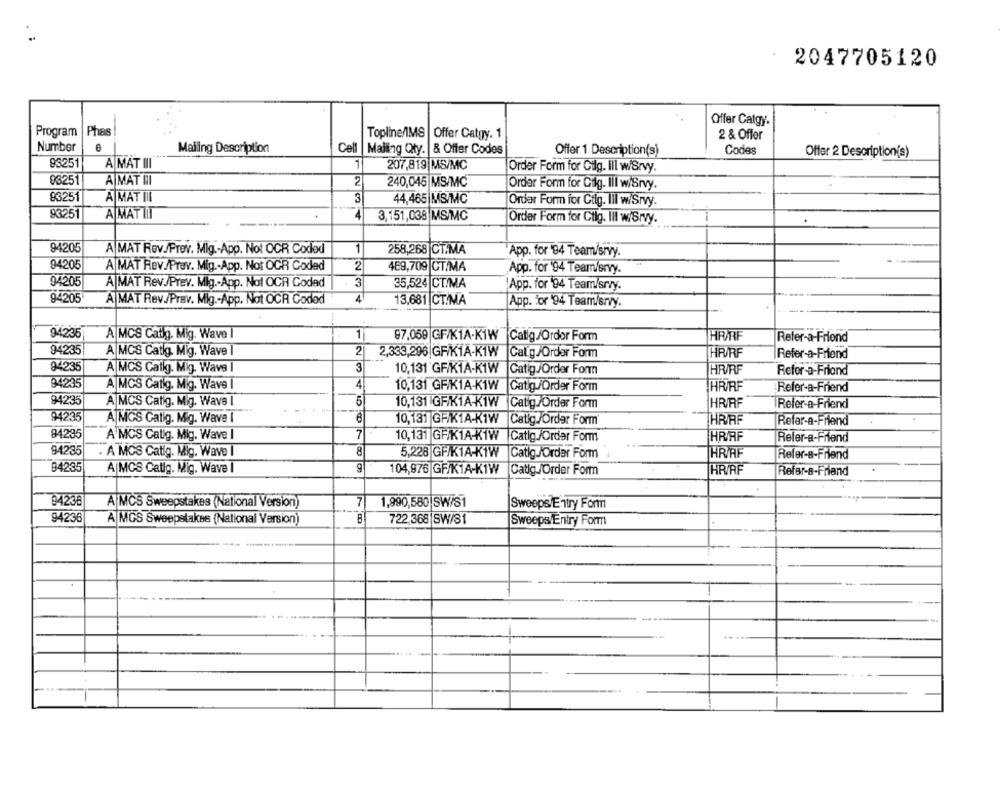
2047705120
Offer Catgy.
Program
Phas
Topline/IMS | Offer Catgy. 1
2 & Offer
Number
Mailing Description
Cel
Mailing Qty. |& Offer Codes
Offer 1 Description(s)
Codes
Offer 2 Description(s)
93251
A MAT III
1
207,819|MS/MC
Order Form for Cilg. ill w/Srvy.
03251
A MAT HI
2
240,045 MS/MC
Order Form for Cilg. Ill w/Srvy.
83251
AMAT III
44,465 MS/MC
Ordar Form for Gtig. Ill w/Srvy.
93251
A MAT TIT
34
3,151,038 MS/MC
Order Form for Ctlg. Ill w/Srvy.
94205
A MAT Rov./Prov. Mig .- App. Not OCR Coded
1
258,268 |CT.MA
App. for 84 Team/srvy.
94205
A MAT Rev.Prev. Mig .- App. Not OCR Coded
2
469,709 |CT/MA
App. for 94 Team/ervy.
94205
A MAT Rev.Prev. Mig .- App. Not OCR Coded
3
35,524 CT/MA
App. for 94 Team/srry.
94205
A MAT Rev./Prav. Mig .- App. Not OCR Coded
4
13,681 |CT/MA
App. 'or '94 Team/srvy.
....
94235
A MCS Catig. Mig. Wave
1
97.059 GF/K1A-K1W
Catig /Ordor Form
HR/RF
Refer-a-Friend
94235
A MCS Catig. Mig. Wave
2
2,333,296 GFIK1A-K1W
Calig/Order Form
HR/RF
Refer-a-Friend
94235
A MCS Catlg. Mig. Wave
3
10,131 GRIK1A-K1W
Catig /Order Form
HR/RF
Refer-a-Friend
94235
A MCS Catig. Mig. Wave I
4
10,131 GFIK1A-K1W
Catig /Order Form
HR/RF
Refer-a-Friend
94235
A|MCS Catig, Mig. Wave I
5
10,131 GFIK1A-K1W
HR/RF
Catig/Order Form
Refer-a-Friend
94235
A|MCS Catig. Mig. Wave I
10,131 GRIK1A-K1W
THRIRE
Catig/Order Form
Refer-a-Friend
84295
7
A MCS Calig. Mig. Wave
10,131 GFIK1A-K1W |Catlg /Order Form
HR/RF
Refer-a-Friend
94235
8
. A MCS Catig. Mig. Wave I
5,228 GFIK1A-K1W
Catig /Order Form
HRAF
Refer-a-Friend
B4235
A MCS Callg. Mig. Wave
104,976 GF/K1A-K1W
Catig /Order Form
HR/RF
Refer-a-Friend
94236
A MCS Sweepstakes (National Version)
7
1,990,580 SW/S1
Sweeps Entry Form
94236
A MGS Sweepslakse (National Version]
722,368 |SW/S1
Sweeps/Entry Form